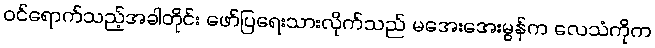
ဝင်ရောက်သည့်အခါတိုင်း ဖော်ပြရေးသားလိုက်သည် မအေးအေးမွန်က လေသံကိုက